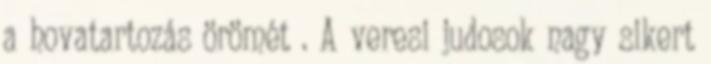
a hovatartozás örömét . A veresi judosok nagy sikert